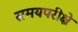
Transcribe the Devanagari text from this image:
समयपरीक्षे